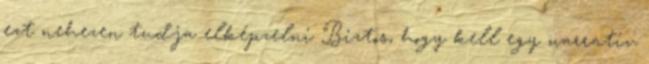
ezt nehezen tudja elképzelni Biztos, hogy kell egy narratív